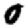
Digit: 0